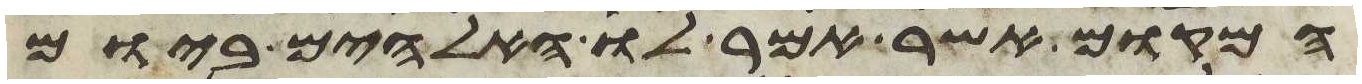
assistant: המקום אשר אמר לו האלהים ביום